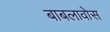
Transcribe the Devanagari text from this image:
बाबलावोस